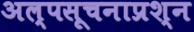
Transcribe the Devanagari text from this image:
अल्पसूचनाप्रश्न